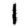
Digit: 1